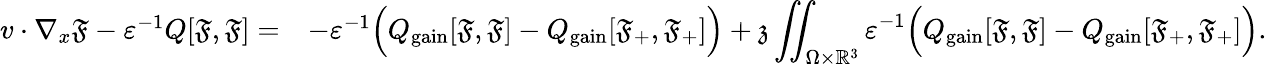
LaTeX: \begin{array}{rl}{v\cdot\nabla_{x}\mathfrak{F}-\varepsilon^{-1}Q[\mathfrak{F},\mathfrak{F}]=}&{-\varepsilon^{-1}\Big(Q_{\mathrm{gain}}[\mathfrak{F},\mathfrak{F}]-Q_{\mathrm{gain}}[\mathfrak{F}_{+},\mathfrak{F}_{+}]\Big)+\mathfrak{z}\displaystyle\iint_{\Omega\times\mathbb{R}^{3}}\varepsilon^{-1}\Big(Q_{\mathrm{gain}}[\mathfrak{F},\mathfrak{F}]-Q_{\mathrm{gain}}[\mathfrak{F}_{+},\mathfrak{F}_{+}]\Big).}\end{array}